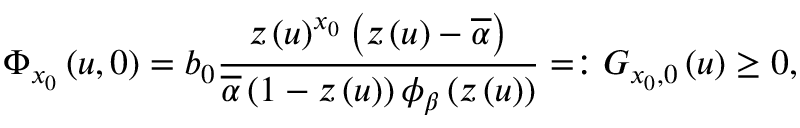
\Phi _ { x _ { 0 } } \left( u , 0 \right) = b _ { 0 } \frac { z \left( u \right) ^ { x _ { 0 } } \left( z \left( u \right) - \overline { { \alpha } } \right) } { \overline { { \alpha } } \left( 1 - z \left( u \right) \right) \phi _ { \beta } \left( z \left( u \right) \right) } = : G _ { x _ { 0 } , 0 } \left( u \right) \geq 0 ,